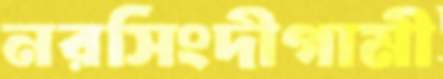
নরসিংদীগামী